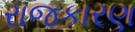
રાજકારણ